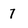
Character: 7